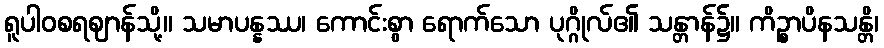
ရူပါဝစရဈာန်သို့။ သမာပန္နဿ၊ ကောင်းစွာ ရောက်သော ပုဂ္ဂိုလ်၏ သန္တာန်၌။ ကိဉ္စာပိနသန္တိ၊